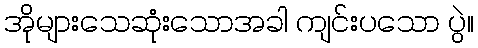
အိုများသေဆုံးသောအခါ ကျင်းပသော ပွဲ။